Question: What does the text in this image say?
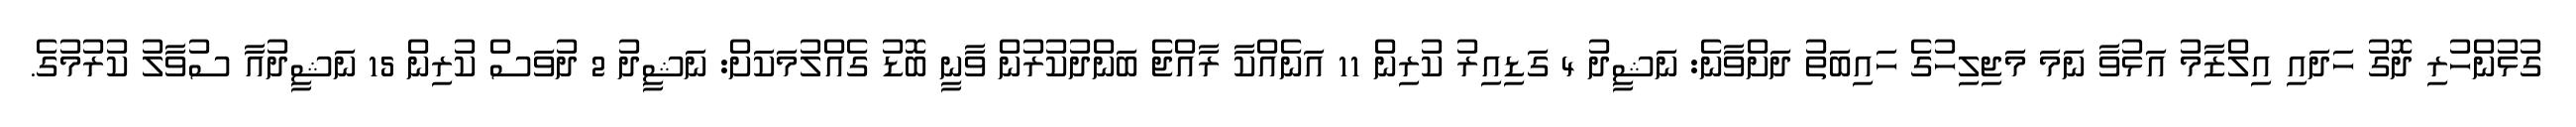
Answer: ގުޅުންހުރި ދޮގު ހަދައި އިލްޒާމު އަޅުވާ ނަމަ މަޖިލިހުގެ ހައިބަތު ދަށްވާނެ: ނަޝީދު 4 ގަޑިއިރު ކުރިން 11 އަނެއްކާ ރާއްޖެ ބަންދުކުރުން ވާނީ ބޮޑު ގެއްލުމަކަށް: ނަޝީދު 2 ދުވަސް ކުރިން 15 ނަޝީދުއާ ސުވާލު ކުރުމުގެ.